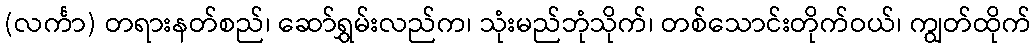
(လင်္ကာ) တရားနတ်စည်၊ ဆော်ရွှမ်းလည်က၊ သုံးမည်ဘုံသိုက်၊ တစ်သောင်းတိုက်ဝယ်၊ ကျွတ်ထိုက်